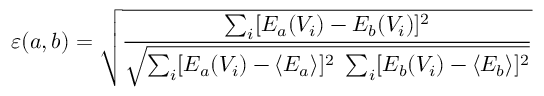
\varepsilon ( a , b ) = \sqrt { \frac { \sum _ { i } [ E _ { a } ( V _ { i } ) - E _ { b } ( V _ { i } ) ] ^ { 2 } } { \sqrt { \sum _ { i } [ E _ { a } ( V _ { i } ) - \langle E _ { a } \rangle ] ^ { 2 } ~ \sum _ { i } [ E _ { b } ( V _ { i } ) - \langle E _ { b } \rangle ] ^ { 2 } } } }